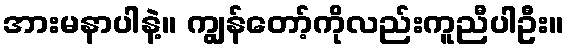
အားမနာပါနဲ့။ ကျွန်တော့်ကိုလည်းကူညီပါဦး။